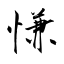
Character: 慊